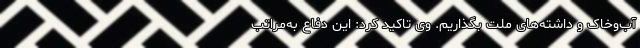
آب‌وخاک و داشته‌های ملت بگذاریم. وی تاکید کرد: این دفاع به‌مراتب